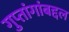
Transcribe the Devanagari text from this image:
गुप्तांगांबद्दल